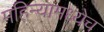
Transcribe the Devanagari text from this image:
महिन्यामध्येच